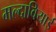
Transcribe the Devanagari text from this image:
मल्दावियाई